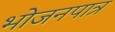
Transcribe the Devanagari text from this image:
भोजनपात्र